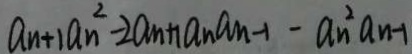
a _ { n + 1 } a _ { n } ^ { 2 } - 2 a _ { n } + a _ { n } a _ { n - 1 } - a _ { n } ^ { 2 } a _ { n - 1 }